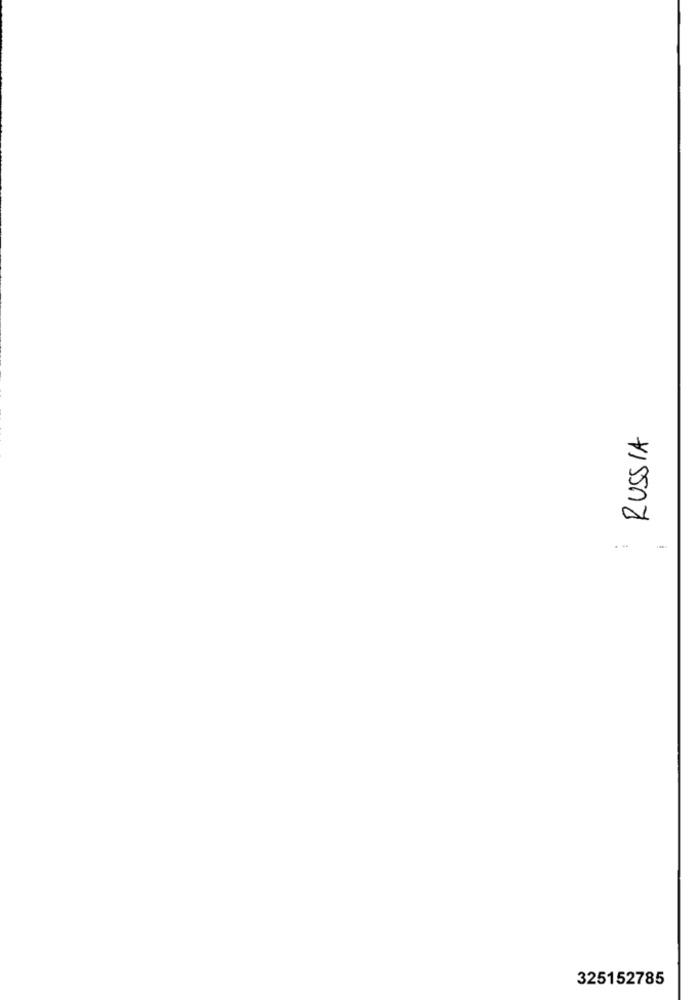
RUSSIA
.-
325152785